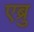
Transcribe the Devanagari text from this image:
एब्रु